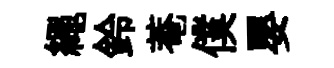
繩鈴菴僕嬰